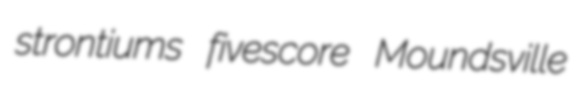
strontiums fivescore Moundsville